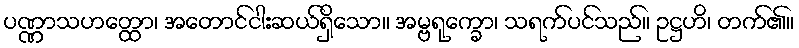
ပဏ္ဏာသဟတ္ထော၊ အတောင်ငါးဆယ်ရှိသော။ အမ္ဗရုက္ခော၊ သရက်ပင်သည်။ ဥဋ္ဌဟိ၊ တက်၏။